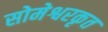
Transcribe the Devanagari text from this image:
सोमेश्वरकृत